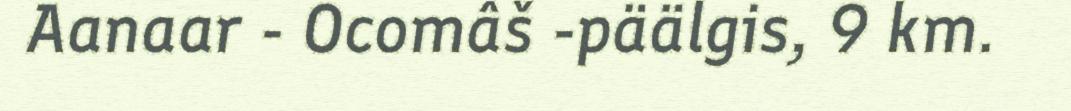
Aanaar - Ocomâš -päälgis, 9 km.